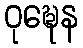
ဝုဍ္ဎေန